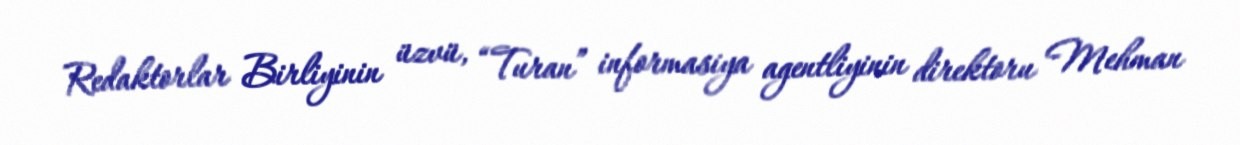
Redaktorlar Birliyinin üzvü, “Turan” informasiya agentliyinin direktoru Mehman